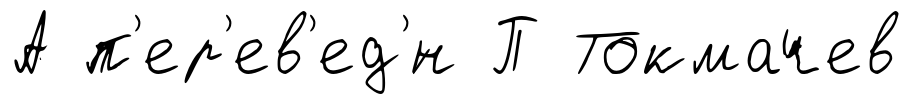
А п'ер'ев'ед'́н П Токмачев